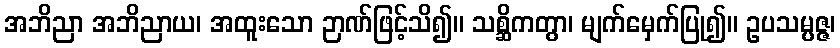
အဘိညာ အဘိညာယ၊ အထူးသော ဉာဏ်ဖြင့်သိ၍။ သစ္ဆိကတွာ၊ မျက်မှေက်ပြု၍။ ဥပသမ္ပဇ္ဇ၊